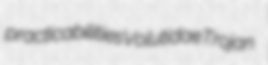
practicabilities Volutidae Trojan